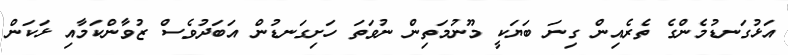
އަޅުގަނޑުމެންގެ ތެރެއިން ގިނަ ބަޔަކީ މޫނުމަތިން ނުވަތަ ހަށިގަނޑުން އަބަދުވެސް ޒުވާންކަމާއި ޅަކަން